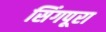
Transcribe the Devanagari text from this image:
सिंगपूरा